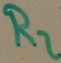
Text: R2